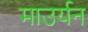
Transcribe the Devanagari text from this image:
माउर्यन